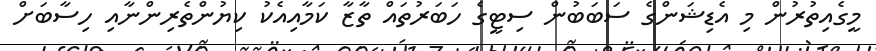
މީގެއިތުރުން މި އެޑިޝަންގެ ސަބަބުން ސިޓީގެ ހަބަރުތައް ތާޒާ ކަމާއިއެކު ކިޔުންތެރިންނާއި ހިސާބަށް